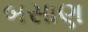
બસાણ